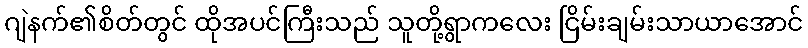
ဂျဲနက်၏စိတ်တွင် ထိုအပင်ကြီးသည် သူတို့ရွာကလေး ငြိမ်းချမ်းသာယာအောင်